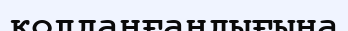
қолданғандығына